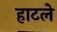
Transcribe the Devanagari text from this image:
हाटले